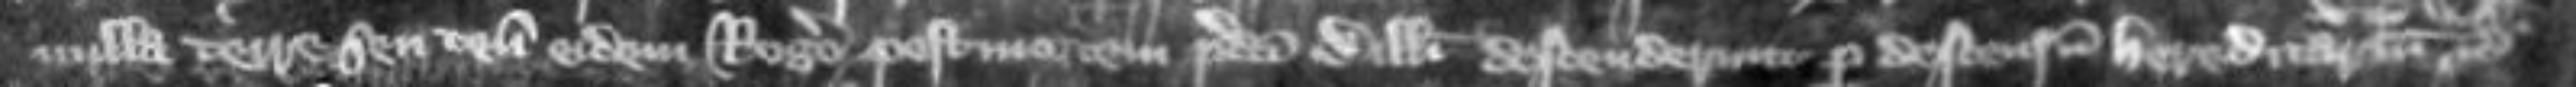
nulla terre seu tenementa eidem Rogero post mortem predicti Willelmi descenderunt per descensum hereditarium etc